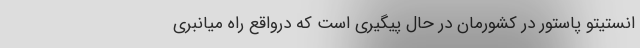
انستیتو پاستور در کشورمان در حال پیگیری است که درواقع راه میانبُری